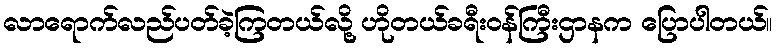
လာရောက်လည်ပတ်ခဲ့ကြတယ်လို့ ဟိုတယ်ခရီးဝန်ကြီးဌာနက ပြောပါတယ်။